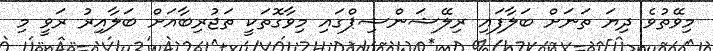
މިވޭތުވެ ދިޔަ ތަނަށް ބަލާފައި ރިލޭޝަންޝިޕްގައި މިވާގޮތަކީ ތަޖުރިބާއަށް ބަލާއިރު ރަވީ މި